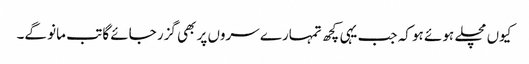
کیوں مچلے ہوئے ہو کہ جب یہی کچھ تمہارے سروں پر بھی گزر جائے گا تب مانو گے۔